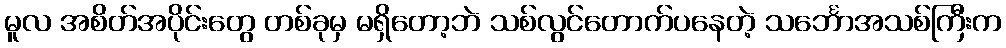
မူလ အစိတ်အပိုင်းတွေ တစ်ခုမှ မရှိတော့ဘဲ သစ်လွင်တောက်ပနေတဲ့ သင်္ဘောအသစ်ကြီးက